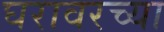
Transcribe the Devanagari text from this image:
घरावरच्या